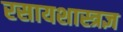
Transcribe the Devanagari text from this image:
रसायशास्त्रज्ञ